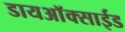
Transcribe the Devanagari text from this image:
डायअाॅक्साईड